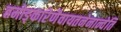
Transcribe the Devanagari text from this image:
तमोङ्कारेणैवायतनेनान्वेति